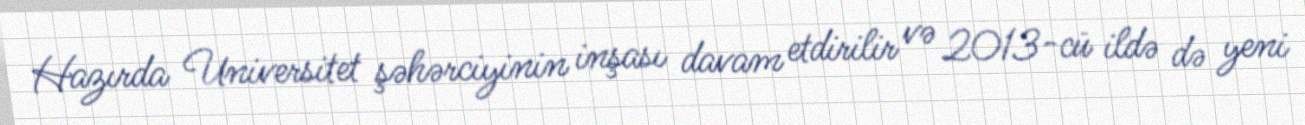
Hazırda Universitet şəhərciyinin inşası davam etdirilir və 2013-cü ildə də yeni